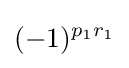
(-1)^{p_{1}r_{1}}